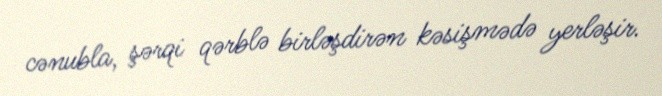
cənubla, şərqi qərblə birləşdirən kəsişmədə yerləşir.